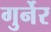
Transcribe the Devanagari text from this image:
गुर्नेर